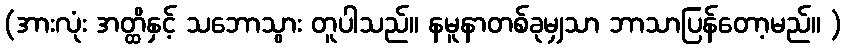
(အားလုံး အတ္ထိနှင့် သဘောသွား တူပါသည်။ နမူနာတစ်ခုမျှသာ ဘာသာပြန်တော့မည်။ )